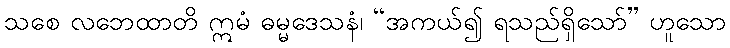
သစေ လဘေထာတိ ဣမံ ဓမ္မဒေသနံ၊ “အကယ်၍ ရသည်ရှိသော်” ဟူသော